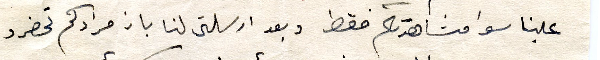
علينا سوا مشاهدتكم فقط وبعد ارسلتى لنا بان مرادكم تحضرو